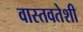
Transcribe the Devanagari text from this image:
वास्तवतेशी